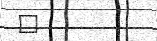
٢